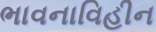
ભાવનાવિહીન